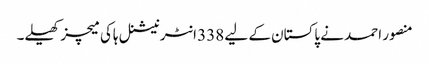
منصور احمد نے پاکستان کے لیے 338 انٹرنیشنل ہاکی میچز کھیلے۔